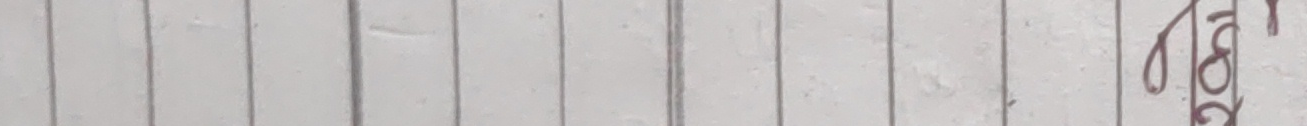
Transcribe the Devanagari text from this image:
१८०